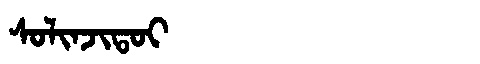
Manchu: ᠰᠣᠯᡳᠨᠵᡳᡨᠣᡳ
Romanization: SOLINJITOI